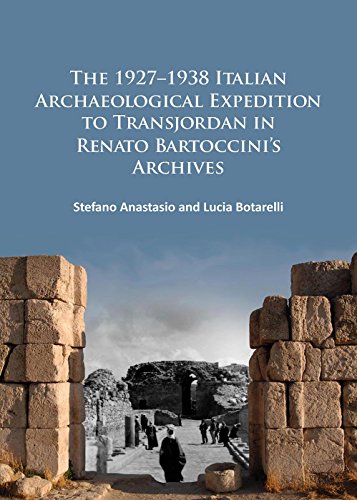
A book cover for The 1927-1938 Italian Archaeological Expedition to Transjordan in Renato Bartoccini's Archives; Stefano Anastasio; History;